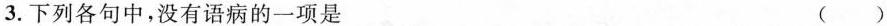
3.下列各句中，没有语病的一项是 ()